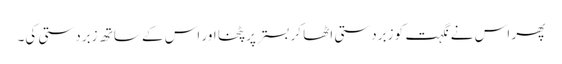
پھر اس نے نگہت کو زبردستی اٹھا کر بستر پر پٹخا اور اس کے ساتھ زبردستی کی۔